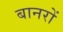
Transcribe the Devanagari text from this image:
बानरों